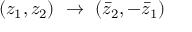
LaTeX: ( z _ { 1 } , z _ { 2 } ) ~ \rightarrow ~ ( \bar { z } _ { 2 } , - \bar { z } _ { 1 } )